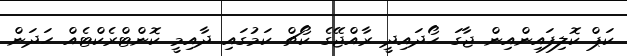
ކަޕް ކޮލިފައިންއިން ޖާގަ ހޯދައިދީ ރާއްޖޭގެ ކޯޗް ކަމުގައި ދާއިމީ ކޮންޓްރެކްޓެއް ހަދަން